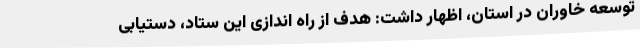
توسعه خاوران در استان، اظهار داشت: هدف از راه اندازی این ستاد، دستیابی